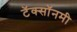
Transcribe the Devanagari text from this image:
टॅक्सॉनमी